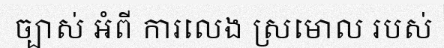
ច្បាស់ អំពី ការលេង ស្រមោល របស់